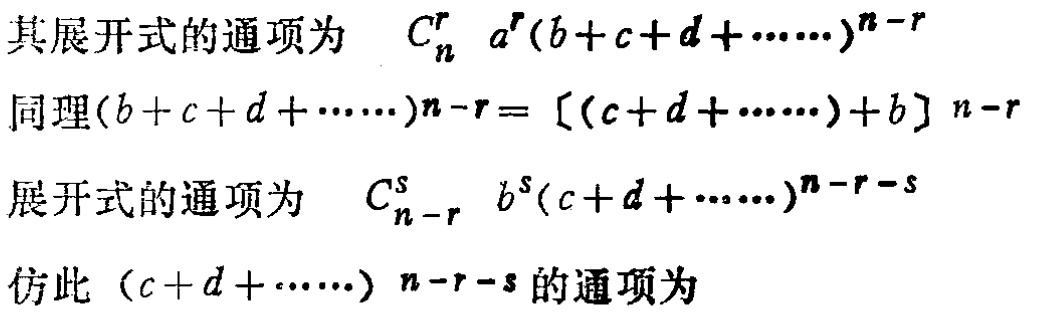
在一个 e. a. s. 中，我们区分推导和证明，因为并非所有推导都能得到一个定理。推导的定义跟前面一样。